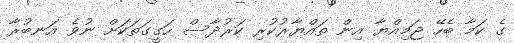
ގެ ކަމާ ބެހޭ ޖަމިއްޔާ އިން ތައްޔާރުކުރި ކަރުދާސް ހަގީގަތަކަށް ނުވެ އަނބުރާ